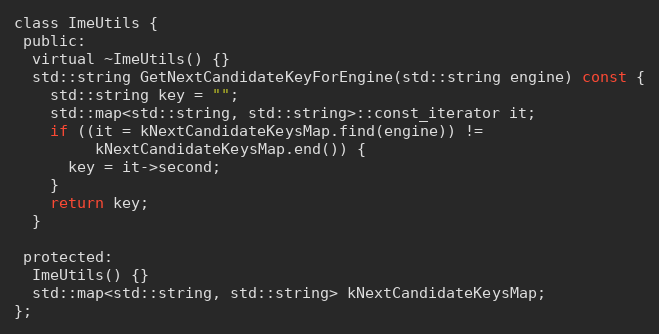
Language: C
class ImeUtils {
 public:
  virtual ~ImeUtils() {}
  std::string GetNextCandidateKeyForEngine(std::string engine) const {
    std::string key = "";
    std::map<std::string, std::string>::const_iterator it;
    if ((it = kNextCandidateKeysMap.find(engine)) !=
         kNextCandidateKeysMap.end()) {
      key = it->second;
    }
    return key;
  }

 protected:
  ImeUtils() {}
  std::map<std::string, std::string> kNextCandidateKeysMap;
};